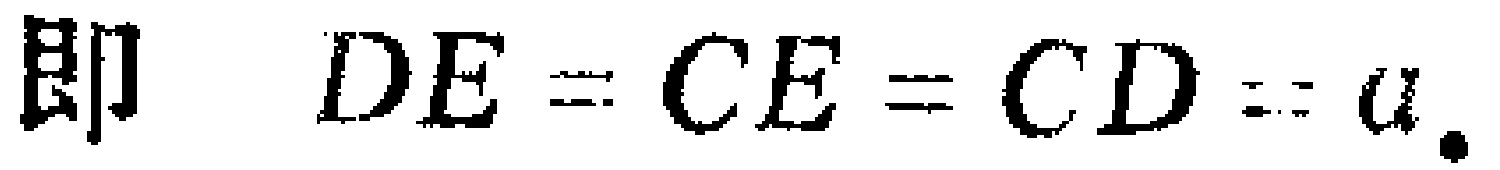
即 \(DE = CE = CD = a\).